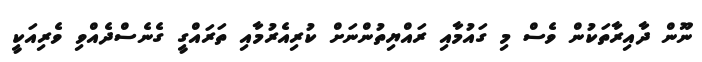
ނޫން ދާއިރާތަކުން ވެސް މި ގައުމާއި ރައްޔިތުންނަށް ކުރިއެރުމާއި ތަރައްގީ ގެނެސްދެއްވި ވެރިއަކީ